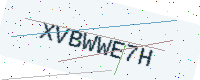
Text: XVBWWE7H